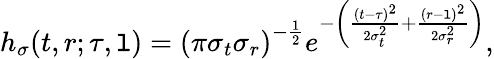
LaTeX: h_{\sigma}(t,r;\tau,\mathtt{l})=\left(\pi\sigma_{t}\sigma_{r}\right)^{-\frac{{1}}{{2}}}e^{-\left(\frac{{(t-\tau)^{2}}}{{2\sigma_{t}^{2}}}+\frac{{(r-\mathtt{l})^{2}}}{{2\sigma_{r}^{2}}}\right)},